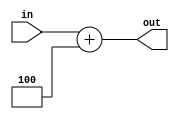
`timescale 1ns / 1ps
/*

Group Names
Alan Manuel Loreto Corndidez: 1/3 Effort
Haseeb Sarwar Irfan: 1/3 Effort
Chris W Bremser: 1/3 Effort

*/

module Add4_32Bit(
    in, out
    );
    
    input [31:0] in;
    output reg [31:0] out;
    
    
    
    
    always @(*)
    begin
    
    out <= in + 32'h4;
    
    end
    
endmodule